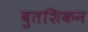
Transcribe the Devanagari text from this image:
बुतशिकन